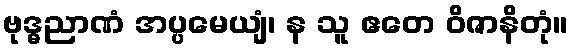
ဗုဒ္ဓညာဏံ အပ္ပမေယျံ၊ န သူ ဧတေ ဝိဇာနိတုံ။